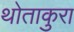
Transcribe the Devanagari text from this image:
थोताकुरा